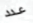
عدد